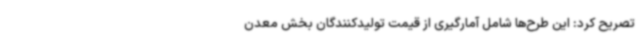
تصریح کرد: این طرح‌ها شامل آمارگیری از قیمت تولیدکنندگان بخش معدن